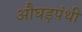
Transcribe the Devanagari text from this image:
औघड़पंथी